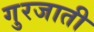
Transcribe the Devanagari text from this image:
गुरजाती